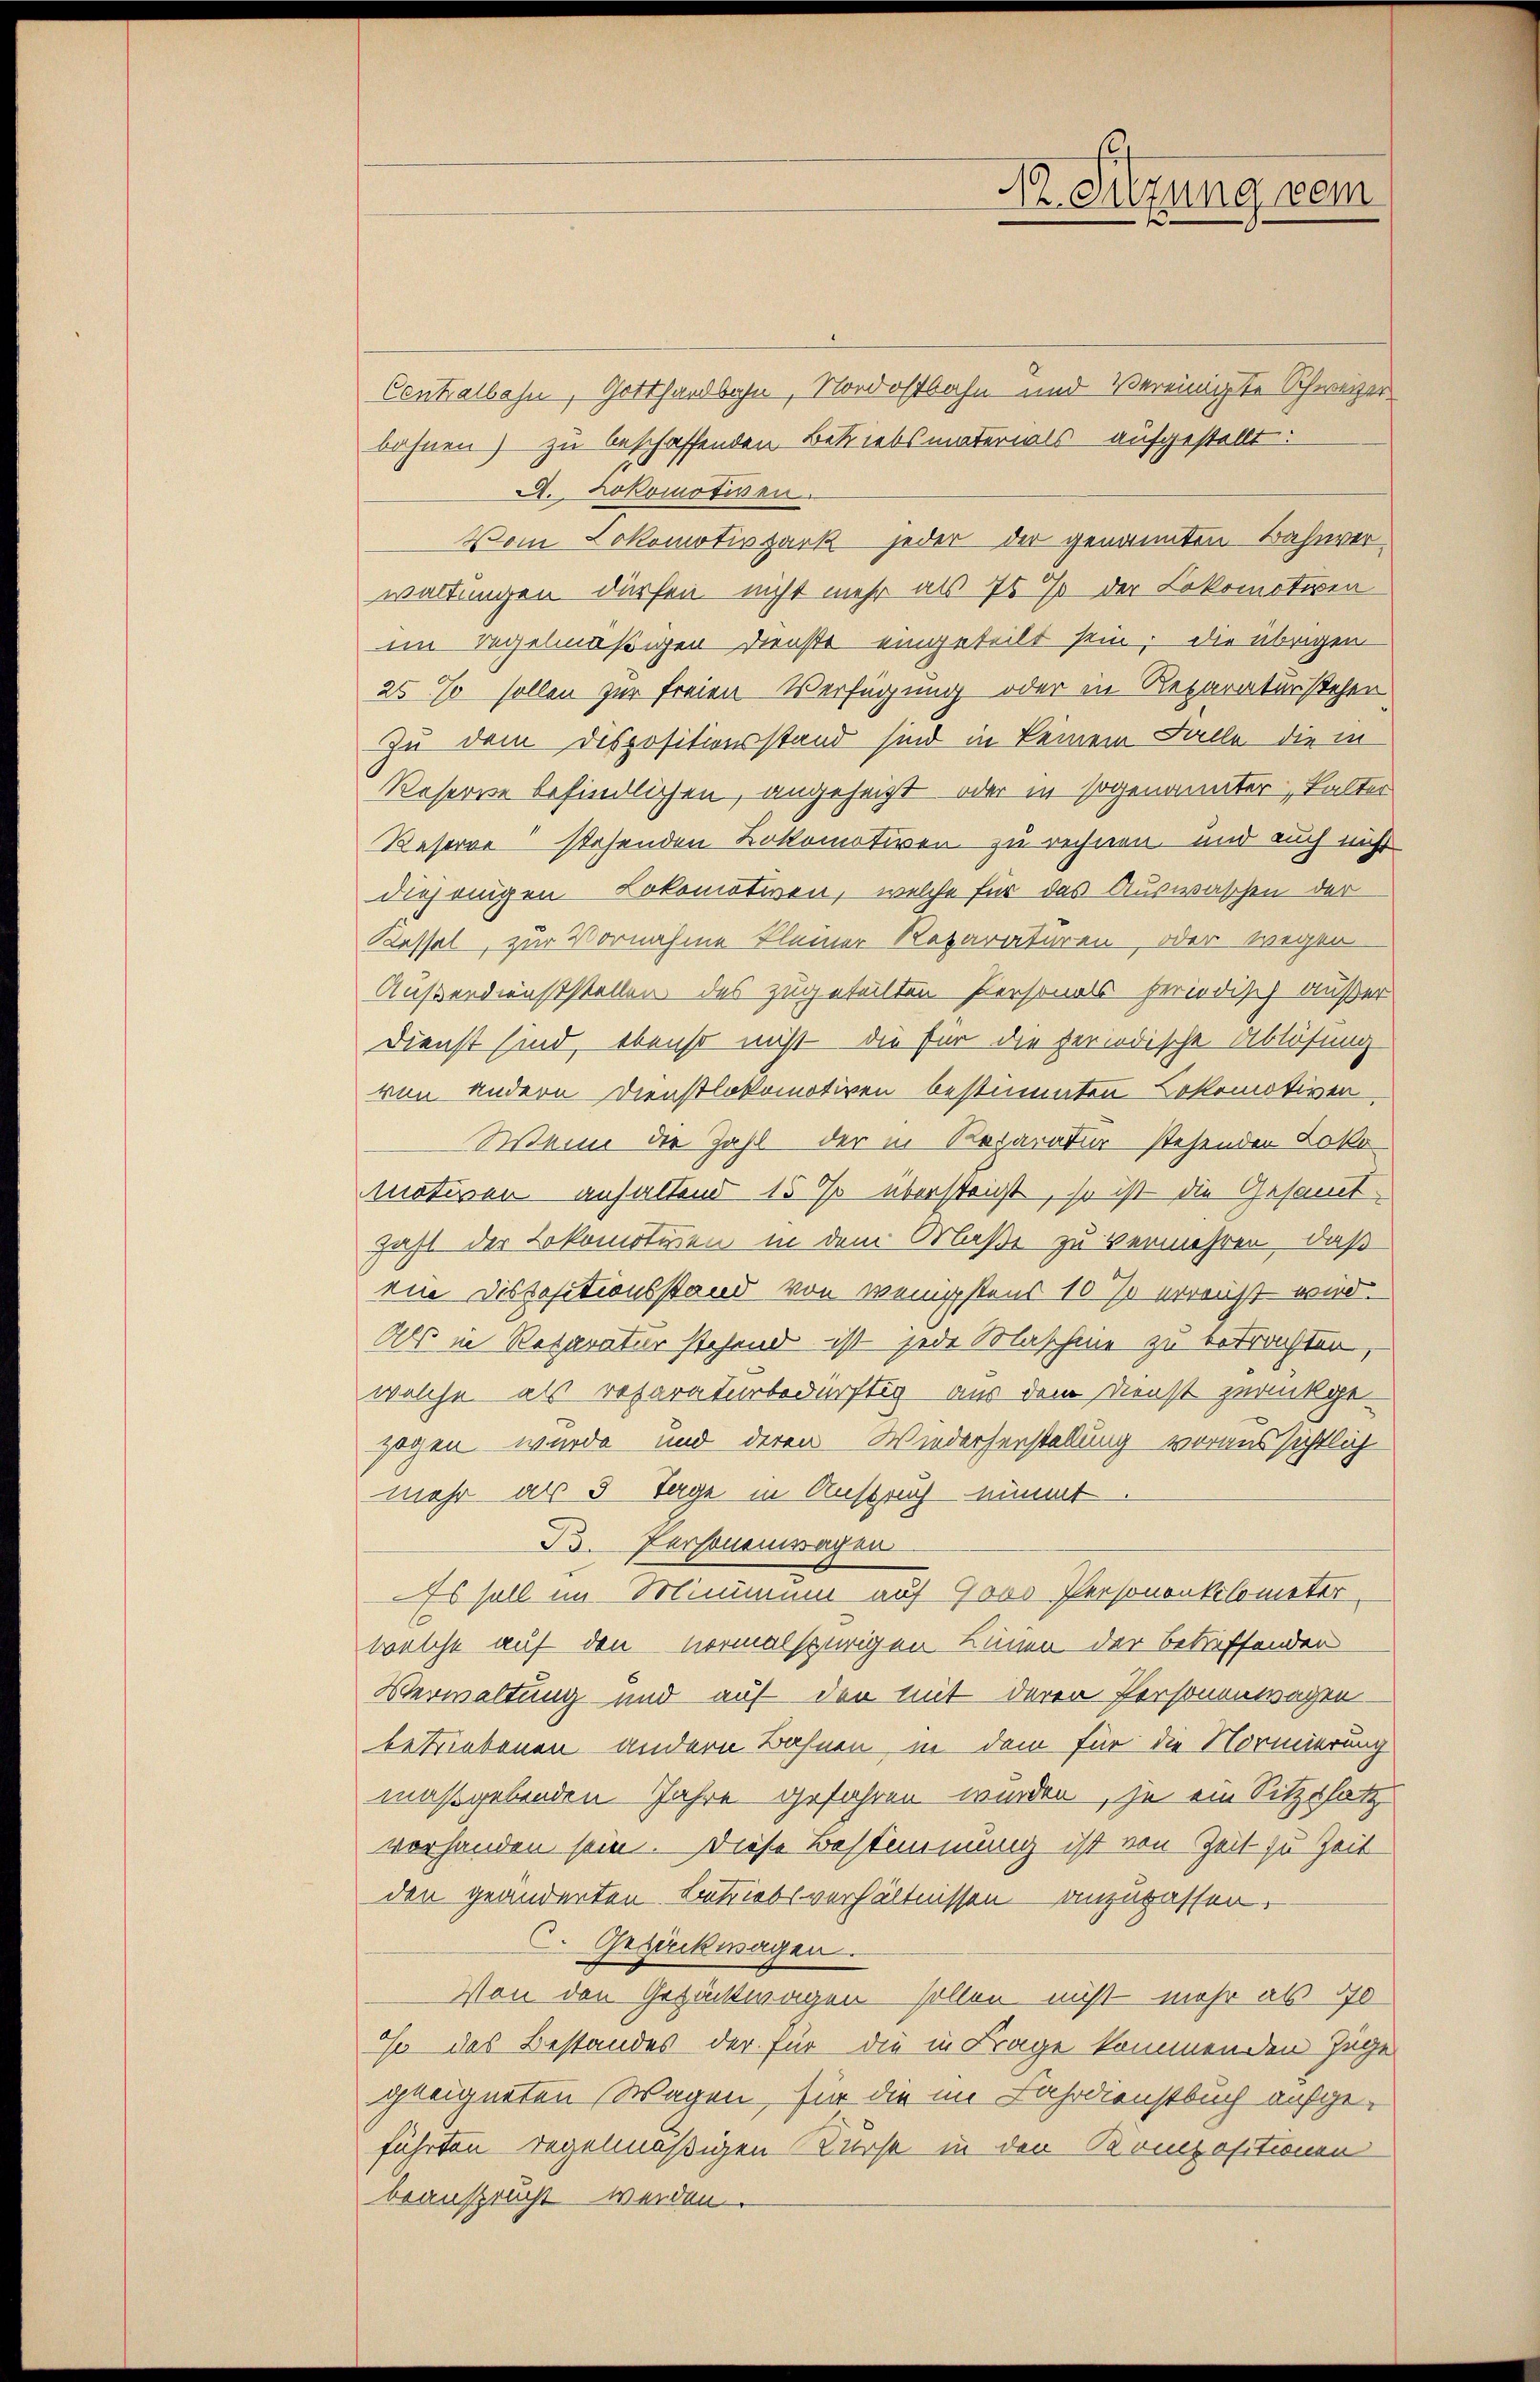
Dr. Sitzung dem
5

Centralbahn, Gotthardbahn, Nordostbahn und Vereinigte Schweizerbahnen) zu beschaffenden Betriebsmaterials aufgestellt:
A. Lokomotiven.
Vom Lokomotivzark jeder der genannten Bahnverwaltungen dürfen nicht mehr als 75 % der Lokomotiven
im regelmäßigen Dienste eingeteilt sein, die übrigen
25 so sollen zur freien Verfügung oder in Reparatur stehen
Zu dem Dispositionsstand sind in keinem Falle die in
Reserve befindlichen, angeheizt, oder in sogenannter kalter
Reserve stehenden Lokomotiven zu rechnen und auch nicht
diejenigen Lokomotiven, welche für das Auswaschen der
Kassel, zur Vornahme kleiner Reparaturen oder wegen
Außerdienststellen des zugeteilten Personals periodisch außer
Dienst sind, ebenso nicht die für die ferirdische Ablösung
von andern Dienstlokomotiven bestimmten Lokomotiven
Weine die Zahl der in Reparatur stehenden Loko¬
Motiven anhaltend 15 % übersteigt, so ist die Gesamt-
Zahl der Lokomotiven in dem Maße zu vermehren, daß
eie Dispositionsstand von wenigstens 10 % erreicht wird.
Als in Reparatur stehend ist jede Maschine zu ertrachten,
welche als reparaturbedürftig aus dem Dienst zurückge-
zogen wurde und deren Wiederherstellung voraussichtlich
mehr als 3 Tage in Anspruch nimmt.
B. Personenwager
Es soll im Minimum auf 9000 Personenkilometer
welche auf den vormalspurigen Linnen der betreffenden
Verwaltung und auf den mit deren Personenwagen
betriebenen andern Bahnen, in dem für die Normierung
maßgebenden Jahre gefahren wurden, je ein Sitzesatz
vorhanden sein. Diese Bestimmung ist von Zeit zu Zeit
den geänderten Betriebsverhältnissen anzupassen.
C. Gezückwagen.
Von den Gezückwagen sollen nicht mehr als 70
o das Bestandes der für die in Frage kommenden Jage
geeigneten Wagen, für die im Fahrdienstbuch aufgeführten regelmäßigen Kurst in den Kompositionen
beansprucht werden.